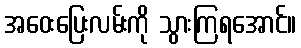
အဝေးပြေးလမ်းကို သွားကြရအောင်။